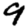
Digit: 9